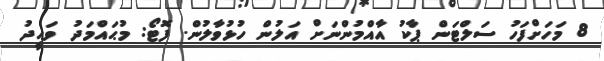
8 މަހަށްފަހު ސަލްޓަން ޕާކު އާއްމުންނަށް އަލުން ހުޅުވާލުން. ފޮޓޯ: މުޙައްމަދު ވަޙީދު